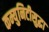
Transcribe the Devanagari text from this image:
कम्युनिटीसुद्धा